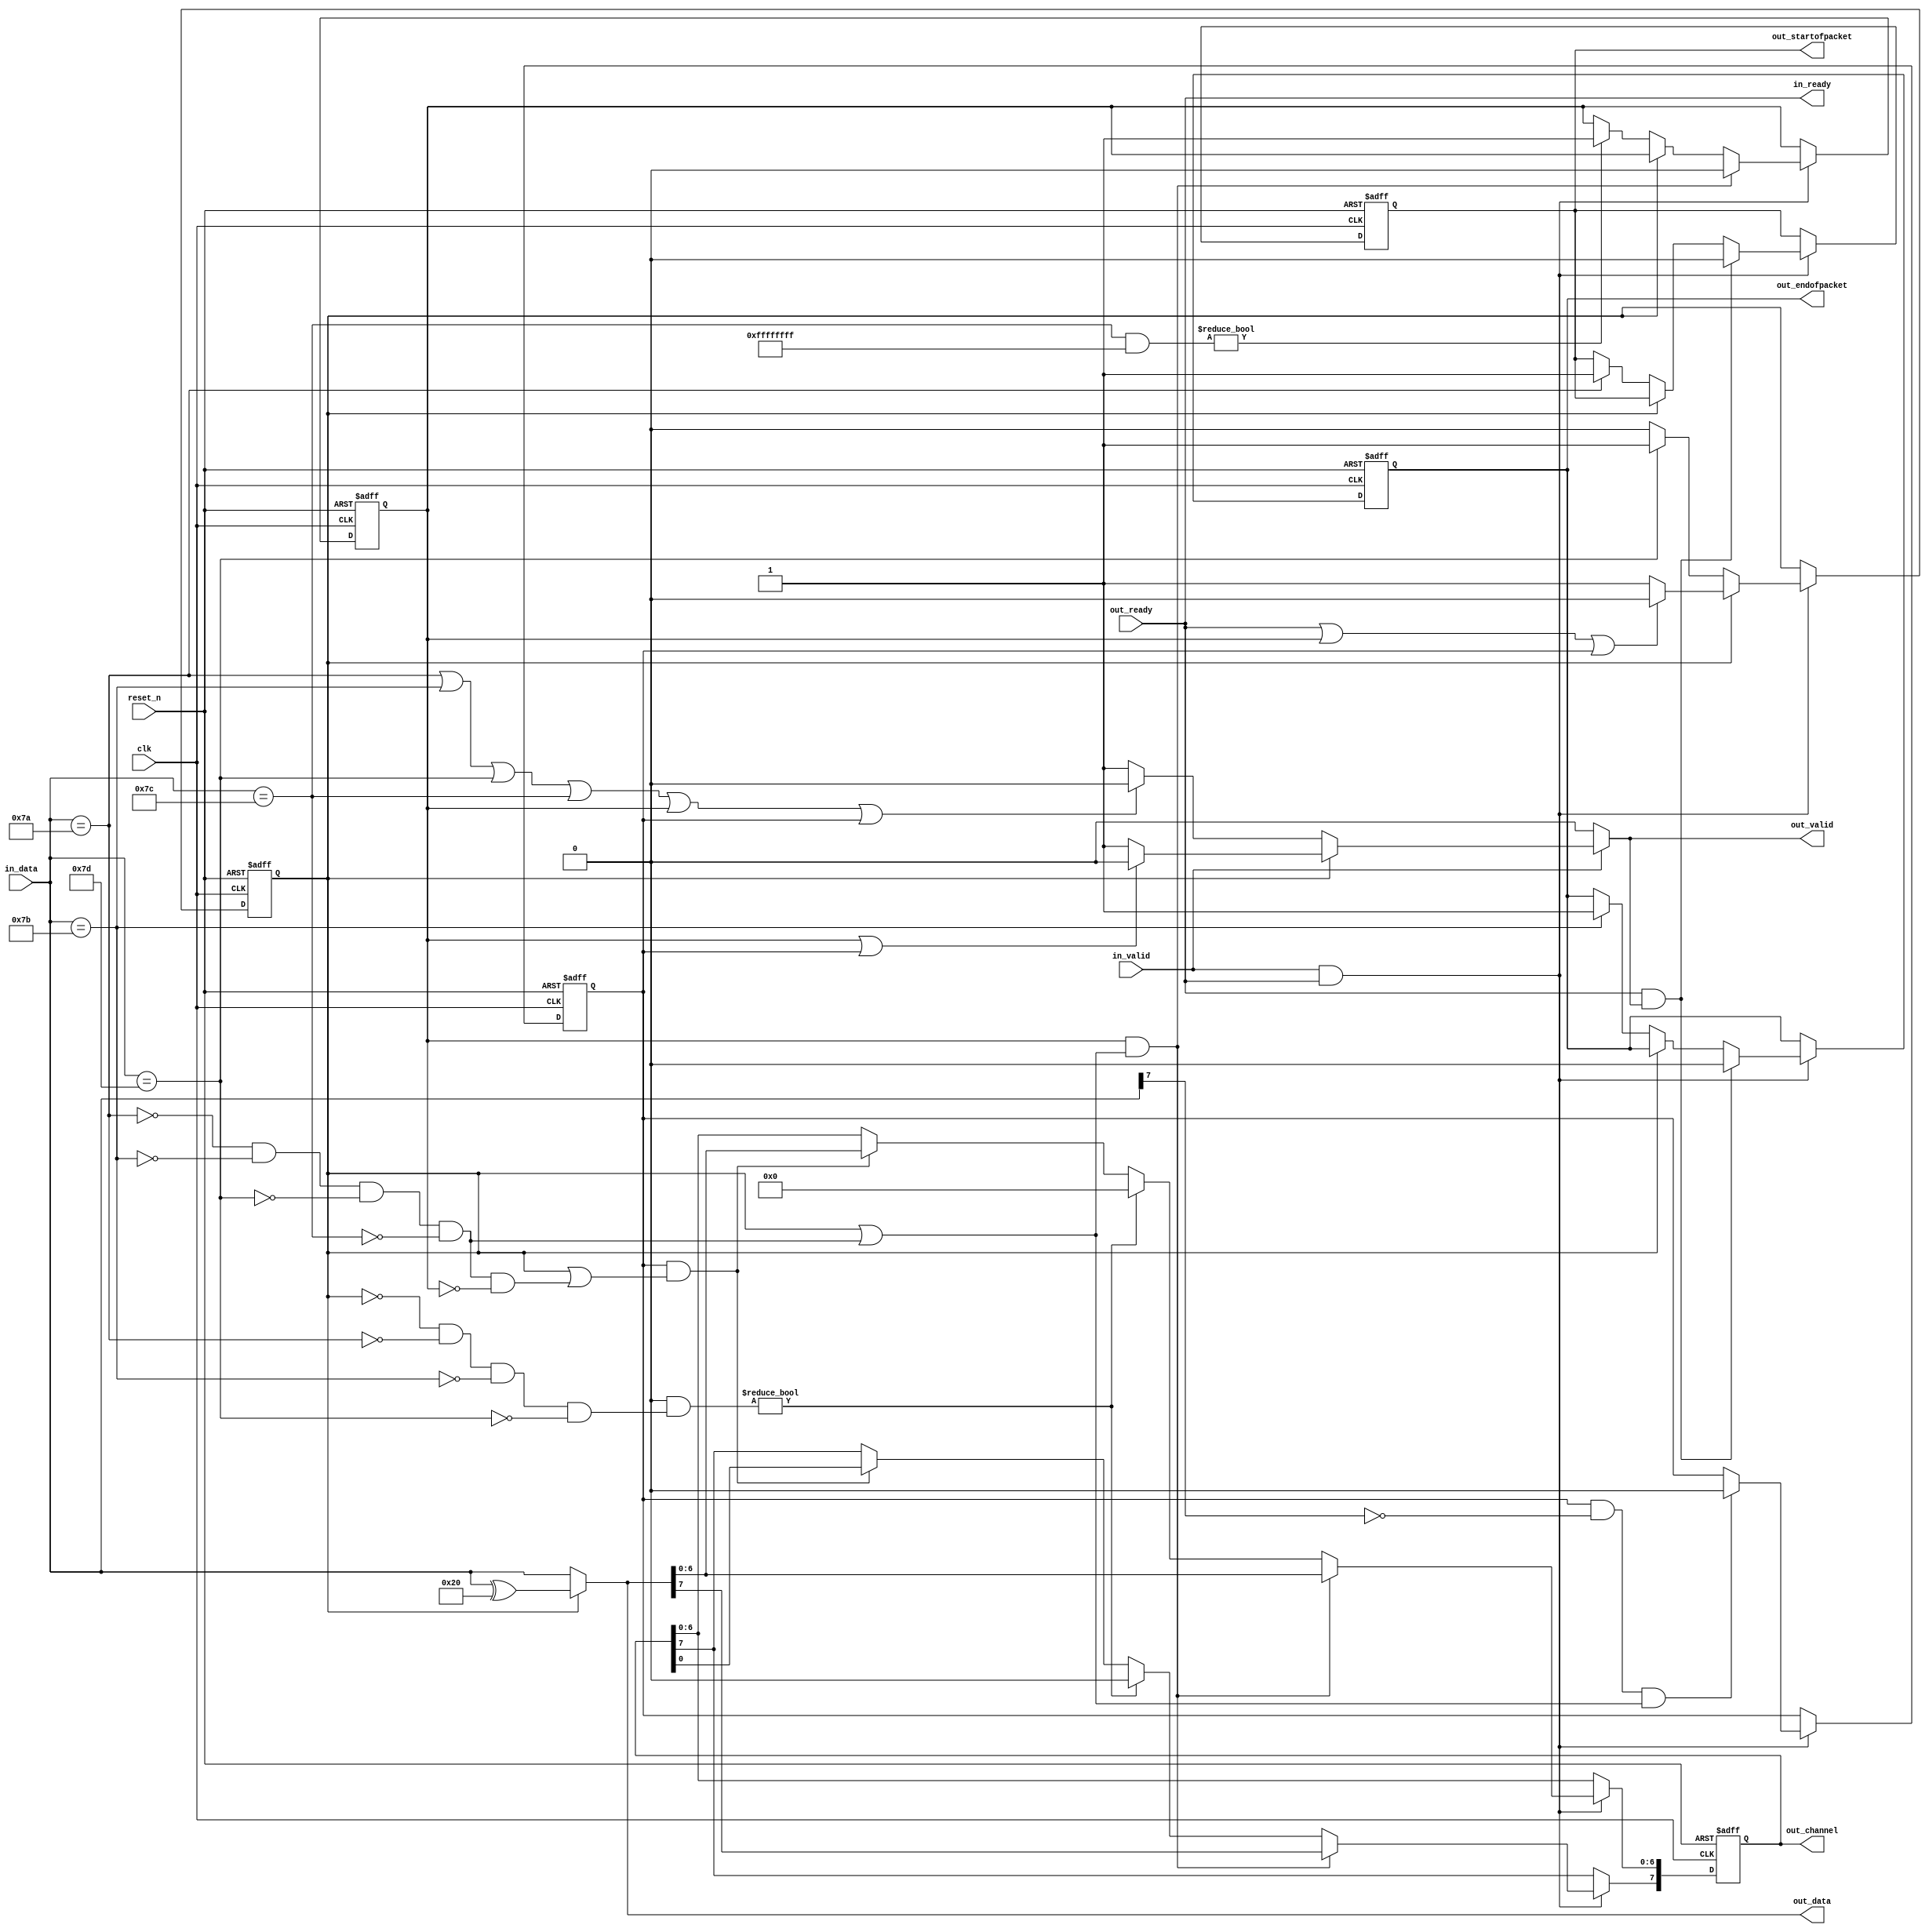
// (C) 2001-2020 Intel Corporation. All rights reserved.
// Your use of Intel Corporation's design tools, logic functions and other 
// software and tools, and its AMPP partner logic functions, and any output 
// files from any of the foregoing (including device programming or simulation 
// files), and any associated documentation or information are expressly subject 
// to the terms and conditions of the Intel Program License Subscription 
// Agreement, Intel FPGA IP License Agreement, or other applicable 
// license agreement, including, without limitation, that your use is for the 
// sole purpose of programming logic devices manufactured by Intel and sold by 
// Intel or its authorized distributors.  Please refer to the applicable 
// agreement for further details.


// --------------------------------------------------------------------------------
//| Avalon ST Bytes to Packet
// --------------------------------------------------------------------------------

`timescale 1ns / 100ps
module altera_avalon_st_bytes_to_packets
//if ENCODING ==0, CHANNEL_WIDTH must be 8 
//else CHANNEL_WIDTH can be from 0 to 127
#(    parameter CHANNEL_WIDTH = 8,
      parameter ENCODING      = 0 ) 
(
      // Interface: clk
      input              clk,
      input              reset_n,
      // Interface: ST out with packets
      input              out_ready,
      output reg         out_valid,
      output reg [7: 0]  out_data,
      output reg [CHANNEL_WIDTH-1: 0]  out_channel,
      output reg         out_startofpacket,
      output reg         out_endofpacket,

      // Interface: ST in 
      output reg         in_ready,
      input              in_valid,
      input      [7: 0]  in_data
);

   // ---------------------------------------------------------------------
   //| Signal Declarations
   // ---------------------------------------------------------------------

   reg  received_esc, received_channel, received_varchannel;
   wire escape_char, sop_char, eop_char, channel_char, varchannelesc_char;

   // data out mux.  
   // we need it twice (data & channel out), so use a wire here 
   wire [7:0] data_out;

   // ---------------------------------------------------------------------
   //| Thingofamagick
   // ---------------------------------------------------------------------

   assign sop_char     = (in_data == 8'h7a);
   assign eop_char     = (in_data == 8'h7b);
   assign channel_char = (in_data == 8'h7c);
   assign escape_char  = (in_data == 8'h7d);

   assign data_out = received_esc ? (in_data ^ 8'h20) : in_data;

generate
if (CHANNEL_WIDTH == 0) begin
    // Synchorous block -- reset and registers 
    always @(posedge clk or negedge reset_n) begin
      if (!reset_n) begin
         received_esc      <= 0;
         out_startofpacket <= 0;
         out_endofpacket   <= 0;
      end else begin
         // we take data when in_valid and in_ready
         if (in_valid & in_ready) begin
            if (received_esc) begin
               //if we got esc char, after next byte is consumed, quit esc mode
               if (out_ready) received_esc <= 0;
            end else begin
               if (escape_char)    received_esc      <= 1;
               if (sop_char)       out_startofpacket <= 1;
               if (eop_char)       out_endofpacket   <= 1;
            end
            if (out_ready  & out_valid) begin
               out_startofpacket <= 0;
               out_endofpacket   <= 0;
            end 
         end
      end
   end

   // Combinational block for in_ready and out_valid
   always @* begin
      //we choose not to pipeline here.  We can process special characters when
      //in_ready, but in a chain of microcores, backpressure path is usually
      //time critical, so we keep it simple here.
      in_ready = out_ready;

      //out_valid when in_valid, except when we are processing the special
      //characters.  However, if we are in escape received mode, then we are
      //valid
      out_valid = 0;
      if ((out_ready | ~out_valid) && in_valid) begin
         out_valid = 1;
            if (sop_char | eop_char | escape_char | channel_char) out_valid = 0;
      end
      out_data = data_out; 
   end

end else begin
    assign varchannelesc_char = in_data[7];
    // Synchorous block -- reset and registers 
    always @(posedge clk or negedge reset_n) begin
      if (!reset_n) begin
         received_esc <= 0;
         received_channel <= 0;
         received_varchannel <= 0;
         out_startofpacket <= 0;
         out_endofpacket <= 0;
      end else begin
         // we take data when in_valid and in_ready
         if (in_valid & in_ready) begin
            if (received_esc) begin
               //if we got esc char, after next byte is consumed, quit esc mode
               if (out_ready | received_channel | received_varchannel) received_esc <= 0;
            end else begin
               if (escape_char)                received_esc        <= 1;
               if (sop_char)                   out_startofpacket   <= 1;
               if (eop_char)                   out_endofpacket     <= 1;
               if (channel_char & ENCODING )   received_varchannel <= 1;
               if (channel_char & ~ENCODING)   received_channel    <= 1;
            end
            if (received_channel & (received_esc | (~sop_char & ~eop_char & ~escape_char & ~channel_char ))) begin
               received_channel <= 0;
            end
            if (received_varchannel & ~varchannelesc_char & (received_esc | (~sop_char & ~eop_char & ~escape_char & ~channel_char))) begin
               received_varchannel <= 0;
            end
            if (out_ready  & out_valid) begin
               out_startofpacket <= 0;
               out_endofpacket <= 0;
            end 
         end
      end
   end

   // Combinational block for in_ready and out_valid
   always @* begin
      in_ready = out_ready;
      out_valid = 0;
      if ((out_ready | ~out_valid) && in_valid) begin
         out_valid = 1;
         if (received_esc) begin 
           if (received_channel | received_varchannel) out_valid = 0;
         end else begin
            if (sop_char | eop_char | escape_char | channel_char | received_channel | received_varchannel) out_valid = 0;
         end
      end
      out_data = data_out; 
   end
end 

endgenerate

// Channel block
generate
if (CHANNEL_WIDTH == 0) begin    
   always @(posedge clk) begin
      out_channel <= 'h0;
   end

end else if (CHANNEL_WIDTH < 8) begin
   always @(posedge clk or negedge reset_n) begin
      if (!reset_n) begin
         out_channel <= 'h0;
      end else begin
         if (in_ready & in_valid) begin
            if ((channel_char & ENCODING) & (~received_esc & ~sop_char & ~eop_char & ~escape_char )) begin
               out_channel <= 'h0;
            end else if (received_varchannel & (received_esc | (~sop_char & ~eop_char & ~escape_char & ~channel_char  & ~received_channel))) begin
               // Shifting out only the required bits
               out_channel[CHANNEL_WIDTH-1:0] <= data_out[CHANNEL_WIDTH-1:0];
            end
         end
      end
   end

end else begin   
   always @(posedge clk or negedge reset_n) begin
      if (!reset_n) begin
         out_channel <= 'h0;
      end else begin
         if (in_ready & in_valid) begin
            if (received_channel & (received_esc | (~sop_char & ~eop_char & ~escape_char & ~channel_char))) begin
               out_channel <= data_out;
            end else if ((channel_char & ENCODING) & (~received_esc & ~sop_char & ~eop_char & ~escape_char )) begin
               // Variable Channel Encoding always setting to 0 before begin to shift the channel in
               out_channel <= 'h0;
            end else if (received_varchannel & (received_esc | (~sop_char & ~eop_char & ~escape_char & ~channel_char  & ~received_channel))) begin
                // Shifting out the lower 7 bits
                out_channel <= out_channel <<7;
                out_channel[6:0] <= data_out[6:0];
            end
         end
      end
   end
   
end
endgenerate

endmodule